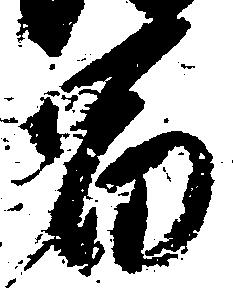
富